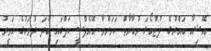
އޭޝިއާ ބައްރުގެ ފުޓްބޯޅަ މުބާރާތް ކަމަށްވާ އޭއެފްސީ ކަޕްގައި ބުދަ ދުވަހުގެ ހަވީރު